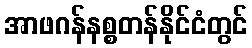
အာဖဂန်နစ္စတန်နိုင်ငံတွင်